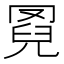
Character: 𦋌